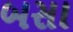
બસા